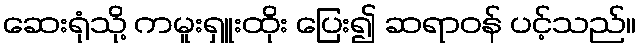
ဆေးရုံသို့ ကမူးရှူးထိုး ပြေး၍ ဆရာဝန် ပင့်သည်။